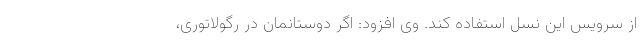
از سرویس این نسل استفاده کند. وی افزود: اگر دوستانمان در رگولاتوری،